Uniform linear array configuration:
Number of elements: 48
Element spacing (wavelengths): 0.25
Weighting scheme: hann
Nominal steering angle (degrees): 60
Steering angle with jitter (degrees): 58.726
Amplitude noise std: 0.05
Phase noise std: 0.05

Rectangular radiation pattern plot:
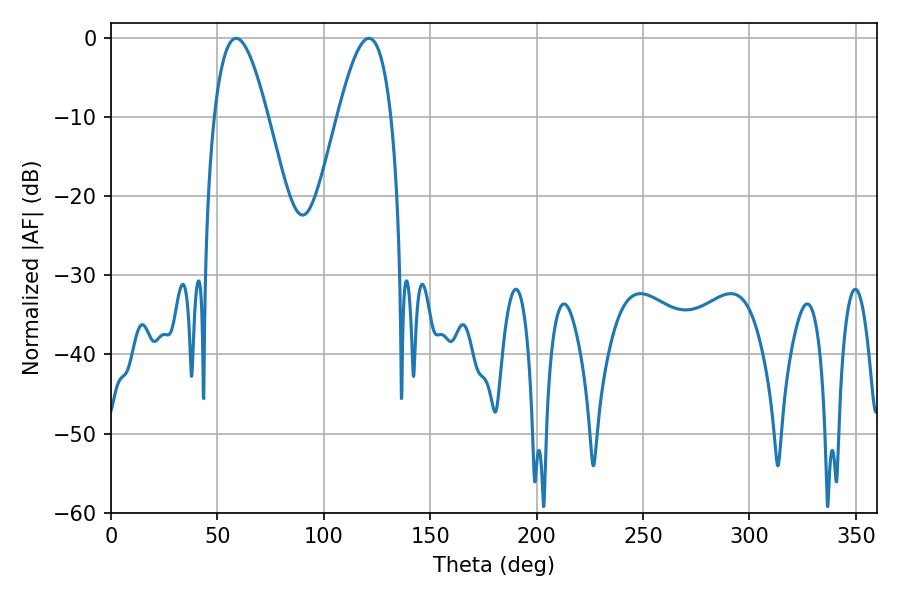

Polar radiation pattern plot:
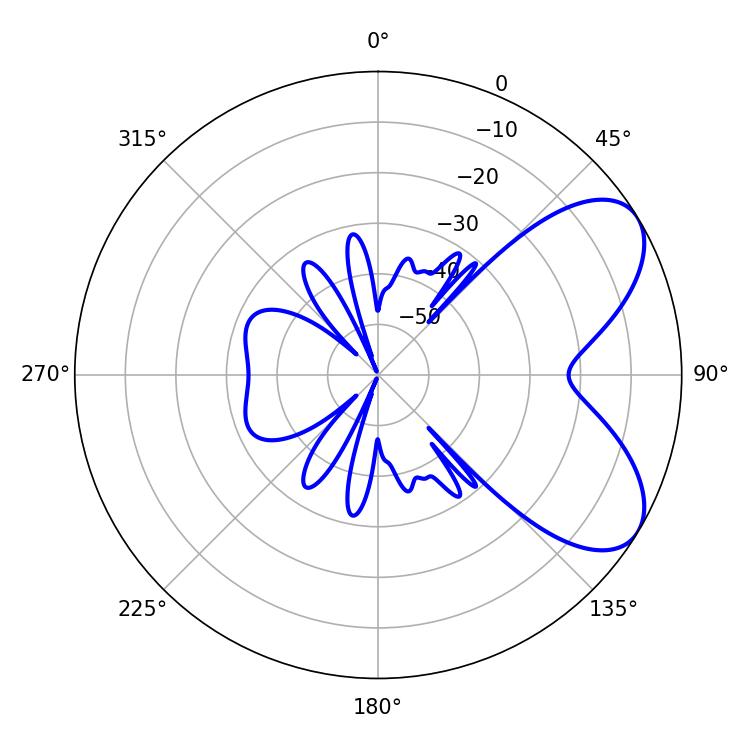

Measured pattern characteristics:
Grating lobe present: FALSE
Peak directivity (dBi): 6.491
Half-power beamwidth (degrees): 13.5
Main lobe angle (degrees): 58.86